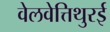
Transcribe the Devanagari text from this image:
वेलवेत्तिथुरई